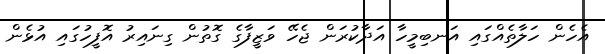
އެހެން ހަލާތެއްގައި އަނބިމީހާ އަދާކުރަން ޖެހޭ ވަޒީފާގެ ގޮތުން ގިނައިރު އޮފީހުގައި އުޅެން